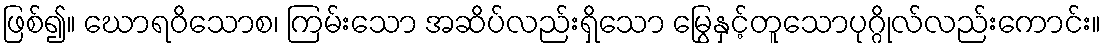
ဖြစ်၍။ ဃောရဝိသောစ၊ ကြမ်းသော အဆိပ်လည်းရှိသော မြွေနှင့်တူသောပုဂ္ဂိုလ်လည်းကောင်း။